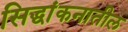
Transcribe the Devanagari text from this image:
सिद्धांकनातील